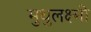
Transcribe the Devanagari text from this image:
मुथुलक्ष्मी